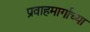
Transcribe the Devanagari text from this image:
प्रवाहमार्गाच्या